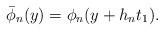
LaTeX: \begin{align*}\bar{\phi}_n(y)=\phi_n(y+h_n t_1).\end{align*}